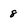
Character: 8